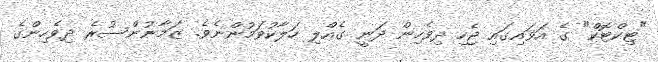
"ޓިކްޓޮކް" ގެ އަވައިގައި ޖެހި ދިވެހިން ދަނީ ގެއްލި ހަލާކުވަމުންނެވެ. ޒަމާނުންސުރެ ދިވެހިންގެ